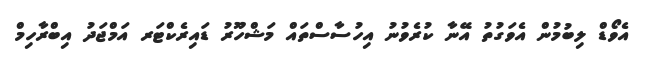
އެވޯޑް ލިބުމުން އެވަގުތު އޭނާ ކުރެވުނު އިހުސާސްތައް މަޝްހޫރު ޑައިރެކްޓަރ އަމްޖަދު އިބްރާހިމް